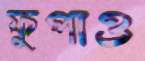
ফুপাও